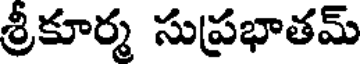
శ్రీకూర్మ సుప్రభాతమ్